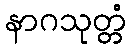
နာဂသုတ္တံ